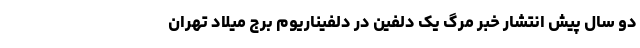
دو سال ‌پیش انتشار خبر مرگ یک دلفین در دلفیناریوم برج میلاد تهران